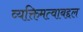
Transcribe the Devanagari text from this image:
व्यक्तिमत्वाबद्दल